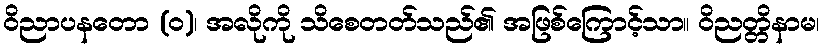
ဝိညာပနတော (ဝ)၊ အလိုကို သိစေတတ်သည်၏ အဖြစ်ကြောင့်သာ။ ဝိညတ္တိနာမ၊